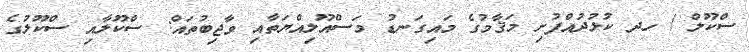
ސްކޫލް / ހދ ކުޅުދުއްފުށި މަޤާމުގެ މައިގަނޑު މަސްއޫލިއްޔަތާއި ވާޖިބުތައް: ސްކޫލާއި ސްކޫލުގެ